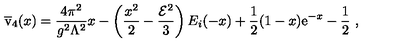
\overline { { \mathrm { \Large v } } } _ { 4 } ( x ) = { \frac { 4 \pi ^ { 2 } } { g ^ { 2 } \Lambda ^ { 2 } } } x - \left( { \frac { x ^ { 2 } } { 2 } } - { \frac { { \cal E } ^ { 2 } } { 3 } } \right) E _ { i } ( - x ) + { \frac { 1 } { 2 } } ( 1 - x ) { \mathrm e } ^ { - x } - { \frac { 1 } { 2 } } \ ,